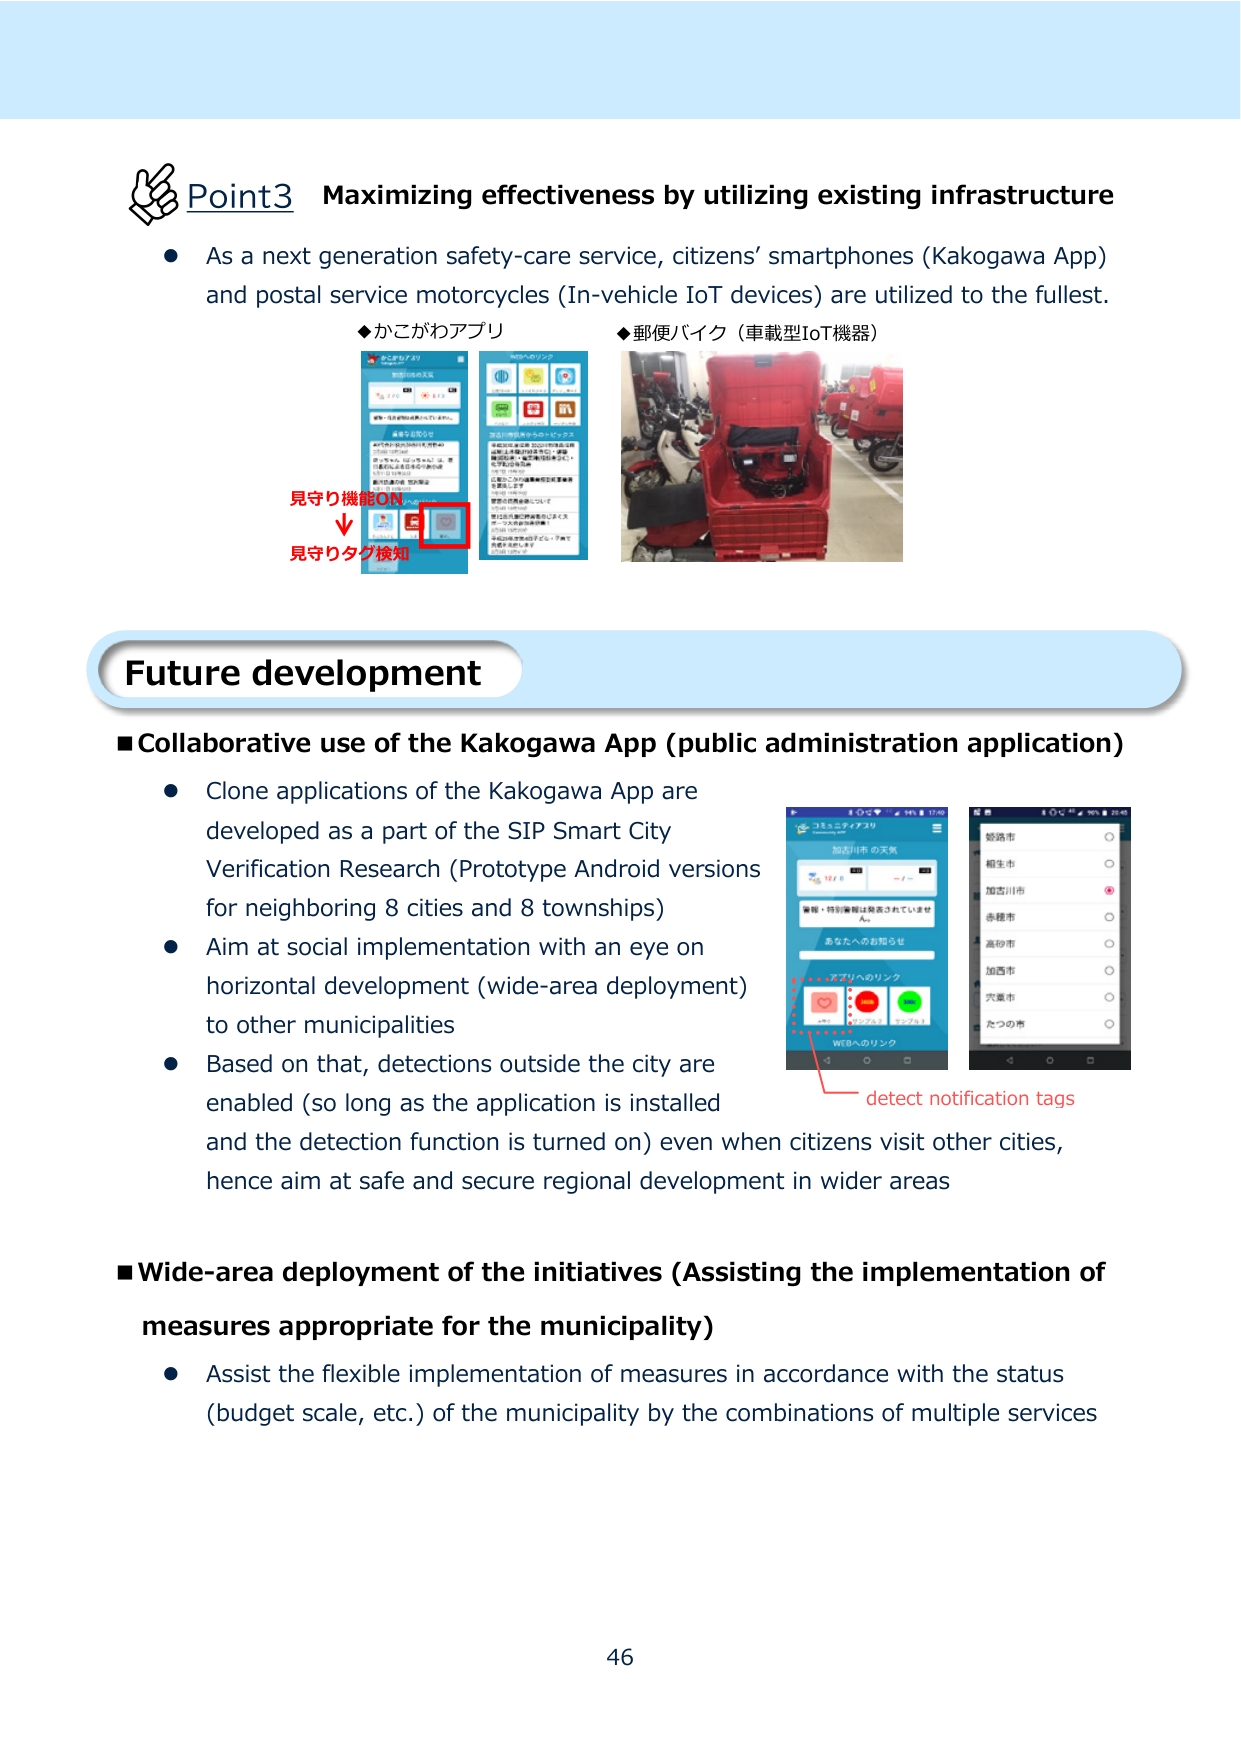
Point3 Maximizing effectiveness by utilizing existing infrastructure
● As a next generation safety-care service, citizens’ smartphones (Kakogawa App) and postal service motorcycles (In-vehicle IoT devices) are utilized to the fullest.
◆かこがわアプリ
◆郵便バイク（車載型IoT機器）
見守り機能ON
↓
見守りタグ検知
Future development
■Collaborative use of the Kakogawa App (public administration application)
● Clone applications of the Kakogawa App are developed as a part of the SIP Smart City Verification Research (Prototype Android versions for neighboring 8 cities and 8 townships)
● Aim at social implementation with an eye on horizontal development (wide-area deployment) to other municipalities
● Based on that, detections outside the city are enabled (so long as the application is installed and the detection function is turned on) even when citizens visit other cities, hence aim at safe and secure regional development in wider areas
detect notification tags
■Wide-area deployment of the initiatives (Assisting the implementation of measures appropriate for the municipality)
● Assist the flexible implementation of measures in accordance with the status (budget scale, etc.) of the municipality by the combinations of multiple services
46